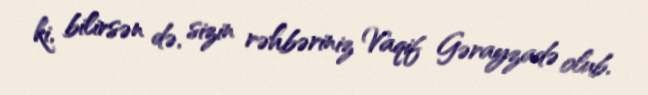
ki, bilirsən də, sizin rəhbəriniz Vaqif Gərayzadə olub.